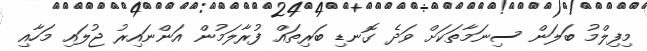
މިފިލްމު ބަލަން ސިނަމާތަކަށް ވަދެ ގޮނޑި ބަރިތައް ފުރާލަމުން އަންނައިރު ޖުލައި މަހާއި